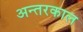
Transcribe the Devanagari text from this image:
अन्तरकाल